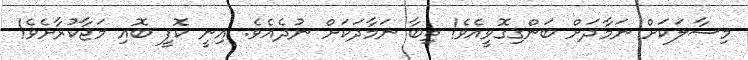
މިސާލަކަށް ނަމާދަށް ބަންގިގޮވީއެވެ! ތިބާ ނަމާދަކަށް ނުދެއެވެ. އިނީ ކޮފީ ބޮއި މަޖާކުރާށެވެ!